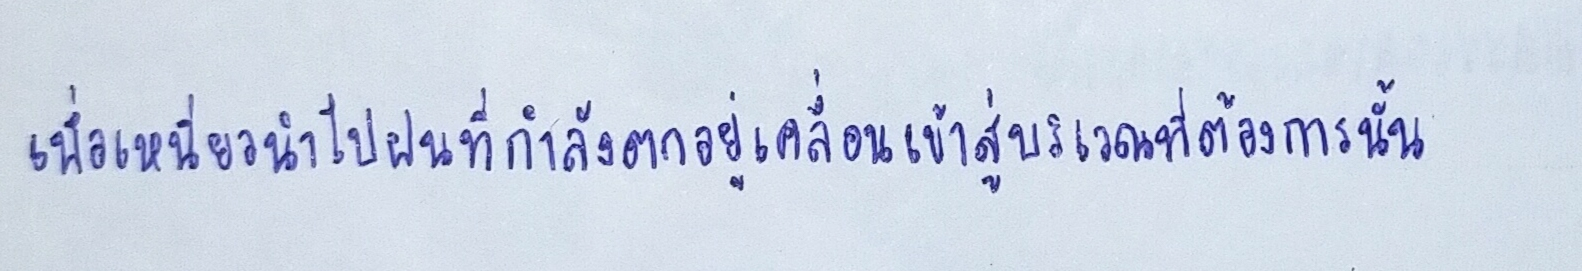
เพื่อเหนี่ยวนำให้ฝนที่กำลังตกอยู่เคลื่อนเข้าสู่บริเวณที่ต้องการนั้น